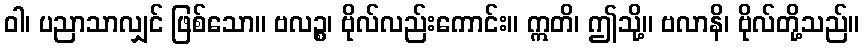
ဝါ၊ ပညာသာလျှင် ဖြစ်သော။ ဗလဉ္စ၊ ဗိုလ်လည်းကောင်း။ ဣတိ၊ ဤသို့။ ဗလာနိ၊ ဗိုလ်တို့သည်။